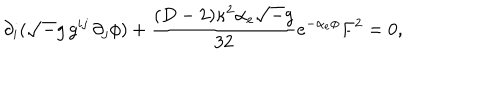
\partial _ { i } ( { \sqrt - g } \, g ^ { i j } \, \partial _ { j } \phi ) + { \frac { ( D - 2 ) \kappa ^ { 2 } \alpha _ { e } { \sqrt - g } } { 3 2 } } e ^ { - \alpha _ { e } \phi } F ^ { 2 } = 0 ,